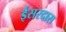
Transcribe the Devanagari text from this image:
ईसरदास